Indian journal of veterinary science and animal husbandry - Volume 3,
Year: 1933
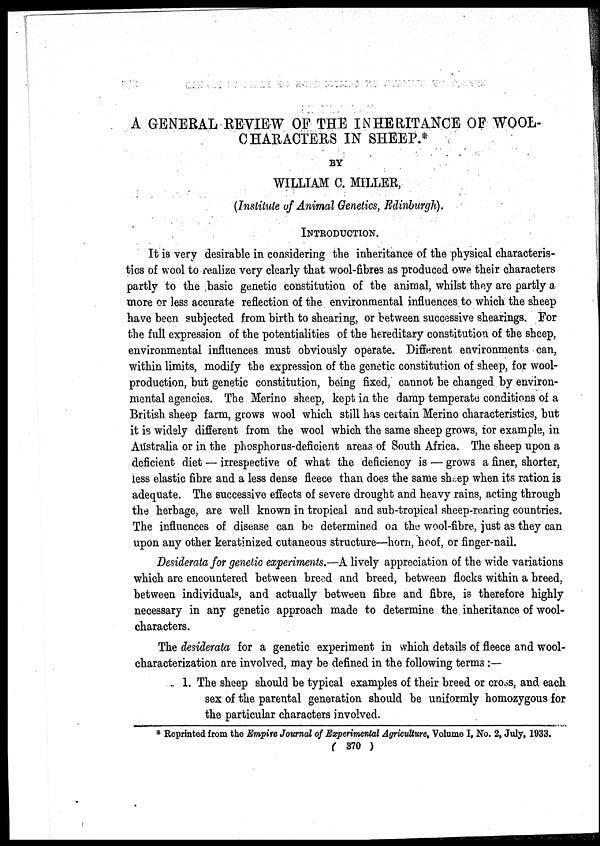
A GENERAL REVIEW OF THE INHERITANCE OF WOOL
CHARACTERS IN SHEEP.*
BY
WILLIAM C. MILLER,
(Institute of Animal Genetics, Edinburgh).
INTRODUCTION.
It is very desirable in considering the inheritance of the physical characteris-
tics of wool to realize very clearly that wool-fibres as produced owe their characters
partly to the basic genetic constitution of the animal, whilst they are partly a
more or less accurate reflection of the environmental influences to which the sheep
have been subjected from birth to shearing, or between successive shearings. For
the full expression of the potentialities of the hereditary constitution of the sheep,
environmental influences must obviously operate. Different environments can,
within limits, modify the expression of the genetic constitution of sheep, for wool-
production, but genetic constitution, being fixed, cannot be changed by environ-
mental agencies. The Merino sheep, kept in the damp temperate conditions of a
British sheep farm, grows wool which still has certain Merino characteristics, but
it is widely different from the wool which the same sheep grows, for example, in
Australia or in the phosphorus-deficient areas of South Africa. The sheep upon a
deficient diet — irrespective of what the deficiency is — grows a finer, shorter,
less elastic fibre and a less dense fleece than does the same sheep when its ration is
adequate. The successive effects of severe drought and heavy rains, acting through
the herbage, are well known in tropical and sub-tropical sheep-rearing countries.
The influences of disease can be determined on the wool-fibre, just as they can
upon any other keratinized cutaneous structure—horn, hoof, or finger-nail.
Desiderata for genetic experiments.—A lively appreciation of the wide variations
which are encountered between breed and breed, between flocks within a breed,
between individuals, and actually between fibre and fibre, is therefore highly
necessary in any genetic approach made to determine the inheritance of wool-
characters.
The desiderata for a genetic experiment in which details of fleece and wool-
characterization are involved, may be defined in the following terms :—
1. The sheep should be typical examples of their breed or cross, and each
sex of the parental generation should be uniformly homozygous for
the particular characters involved.
* Reprinted from the Empire Journal of Experimental Agriculture, Volume I, No. 2, July, 1933.
( 370 )